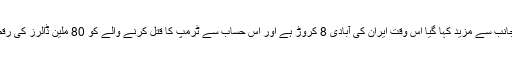
جنازے کے منتظمین کی جانب سے مزید کہا گیا اس وقت ایران کی آبادی 8 کروڑ ہے اور اس حساب سے ٹرمپ کا قتل کرنے والے کو 80 ملین ڈالرز کی رقم بطور انعام دی جائے گی۔